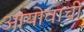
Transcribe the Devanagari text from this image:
आयोवाची